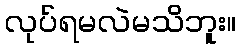
လုပ်ရမလဲမသိဘူး။